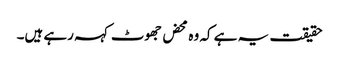
حقیقت یہ ہے کہ وہ محض جھوٹ کہہ رہے ہیں۔